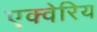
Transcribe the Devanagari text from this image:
एक्वेरिय